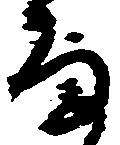
な